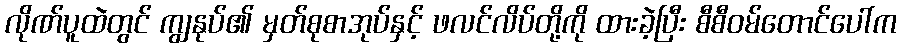
လိုဏ်ပူထဲတွင် ကျွနုပ်၏ မှတ်စုစာအုပ်နှင့် ဖလင်လိပ်တို့ကို ထားခဲ့ပြီး စီစီဝမ်တောင်ပေါ်က